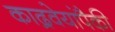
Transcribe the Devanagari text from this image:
काद्रवेयांपैकी